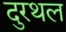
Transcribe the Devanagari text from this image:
दुरथल